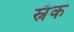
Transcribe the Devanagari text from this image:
स्नॅक